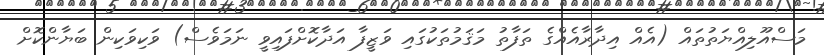
މަސްއޫލިއްޔަތުތައް (އެއް އިދާރާއެއްގެ ތަފާތު މަޤަމުތަކުގައި ވަޒީފާ އަދާކޮށްފައިވީ ނަމަވެސް) ވަކިވަކިން ބަޔާންކޮށް